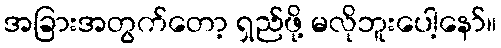
အခြားအတွက်တော့ ရှည်ဖို့ မလိုဘူးပေါ့နော်။